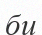
би